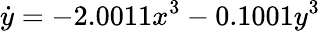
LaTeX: \dot{y}=-2.0011x^{3}-0.1001y^{3}